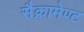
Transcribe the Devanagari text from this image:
सैक्रामेण्ट